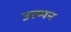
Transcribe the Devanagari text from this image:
उत्प्पन